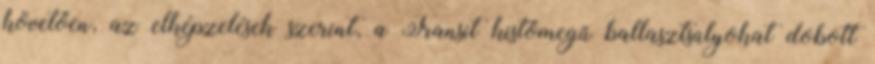
követően, az elképzelések szerint, a Transit kistömegű ballasztsúlyokat dobott